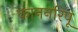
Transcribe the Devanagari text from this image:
काननरिपू